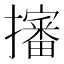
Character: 𢸙